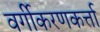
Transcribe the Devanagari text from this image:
वर्गीकरणकर्त्ता